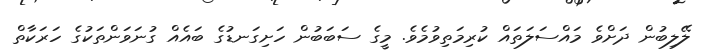
ލޭލިބުން ދަށްވެ މައްސަލަތައް ކުރިމަތިވުމެވެ. މީގެ ސަބަބުން ހަށިގަނޑުގެ ބައެއް ގުނަވަންތަކުގެ ހަރަކާތް